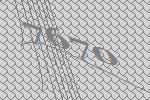
7670